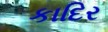
કાદિર